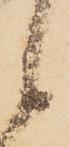
候